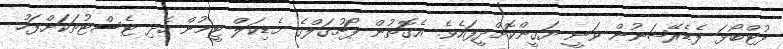
ފުޓްބޯޅަ ފެޑެރޭޝަނުން ވަނީ ޔަގީންކޮށްދީފައެވެ. އެގޮތުން ޕޯޗުގަލްގެ މެޑިކަލް ޓީމުން ހެދި ޓެސްޓުތަކަށްފަހު